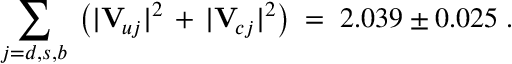
\sum _ { j = d , s , b } \; \left( | \mathbf { V } _ { \! u j } | ^ { 2 } \, + \, | \mathbf { V } _ { \! c j } | ^ { 2 } \right) \; = \; 2 . 0 3 9 \pm 0 . 0 2 5 \; .